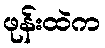
ဖုန်းထဲက